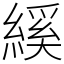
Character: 縘